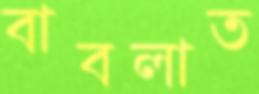
বাবলাত